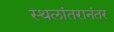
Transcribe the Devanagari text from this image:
स्थलांतरानंतर